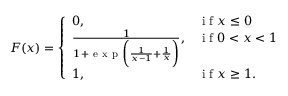
F ( x ) = \left\{ \begin{array} { l l } { 0 , } & { \mathrm { ~ i ~ f ~ } x \leq 0 } \\ { \frac { 1 } { 1 + \mathrm { ~ e ~ x ~ p ~ } \biggl ( \frac { 1 } { x - 1 } + \frac { 1 } { x } \biggl ) } , } & { \mathrm { ~ i ~ f ~ } 0 < x < 1 } \\ { 1 , } & { \mathrm { ~ i ~ f ~ } x \geq 1 . } \end{array} \right.